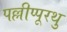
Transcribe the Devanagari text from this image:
पल्लीप्पूरथु